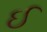
ઈ